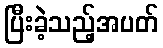
ပြီးခဲ့သည့်အပတ်